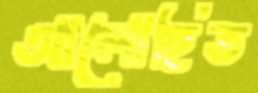
আলোহিত